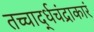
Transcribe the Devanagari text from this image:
तच्चार्द्धचंद्राकारं